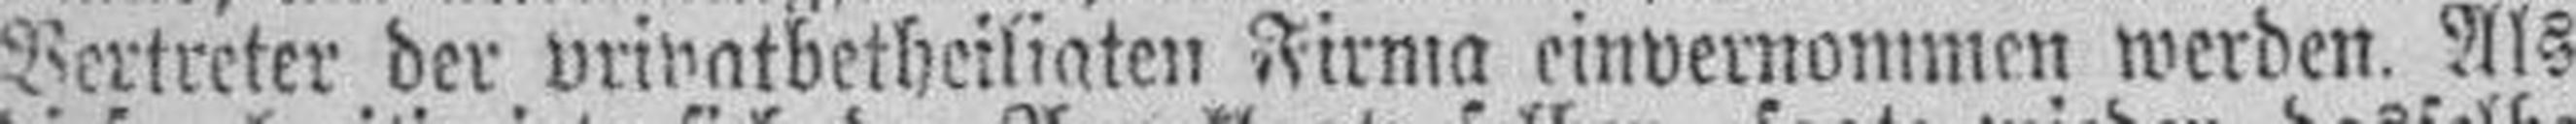
Vertreter der privatbetheiligten Firma einvernommen werden. Als